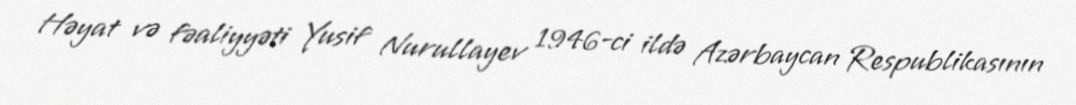
Həyat və fəaliyyəti Yusif Nurullayev 1946-ci ildə Azərbaycan Respublikasının